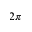
2 \pi